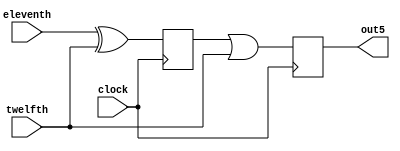
module 	d_5(clock, 
		eleventh, 
		twelfth, 
		out5);
input	clock;
input eleventh;
input twelfth;
output  out5;
reg     out5;
reg temp6;
always @(posedge clock)
begin
	temp6 <= eleventh ^ twelfth;
	out5 <= temp6 | twelfth;
end
endmodule